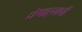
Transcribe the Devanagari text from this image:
घेणाऱ्याची